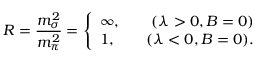
R = \frac { m _ { \sigma } ^ { 2 } } { m _ { \pi } ^ { 2 } } = \left\{ \begin{array} { l } { { \infty , \qquad ( \lambda > 0 , B = 0 ) } } \\ { { 1 , \qquad ( \lambda < 0 , B = 0 ) . } } \end{array} \right.